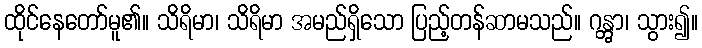
ထိုင်နေတော်မူ၏။ သိရိမာ၊ သိရိမာ အမည်ရှိသော ပြည့်တန်ဆာမသည်။ ဂန္တွာ၊ သွား၍။